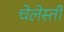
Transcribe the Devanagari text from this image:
चेलेस्ती